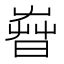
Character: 𣈤